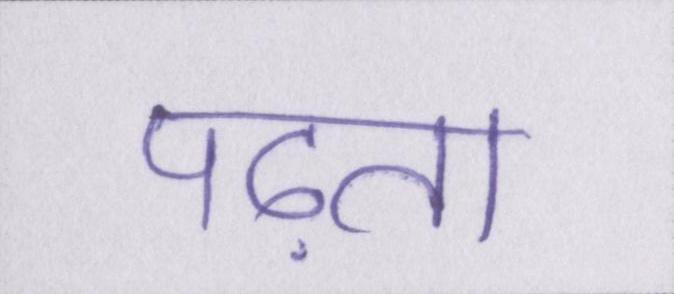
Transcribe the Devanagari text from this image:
पढ़ता